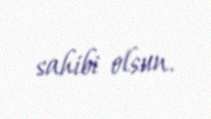
sahibi olsun.